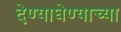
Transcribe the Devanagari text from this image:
देण्याघेण्याच्या